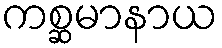
ကစ္ဆမာနာယ